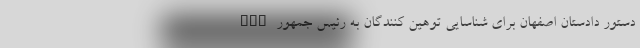
nan دستور دادستان اصفهان برای شناسایی توهین کنندگان به رئیس جمهور